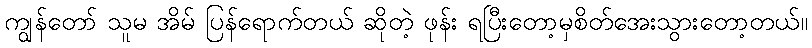
ကျွန်တော် သူမ အိမ် ပြန်ရောက်တယ် ဆိုတဲ့ ဖုန်း ရပြီးတော့မှစိတ်အေးသွားတော့တယ်။